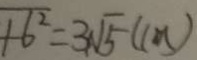
+ 6 ^ { 2 } = 3 \sqrt { 5 } ( 1 0 5 )